Trukikaitis_Postimees, lk 56
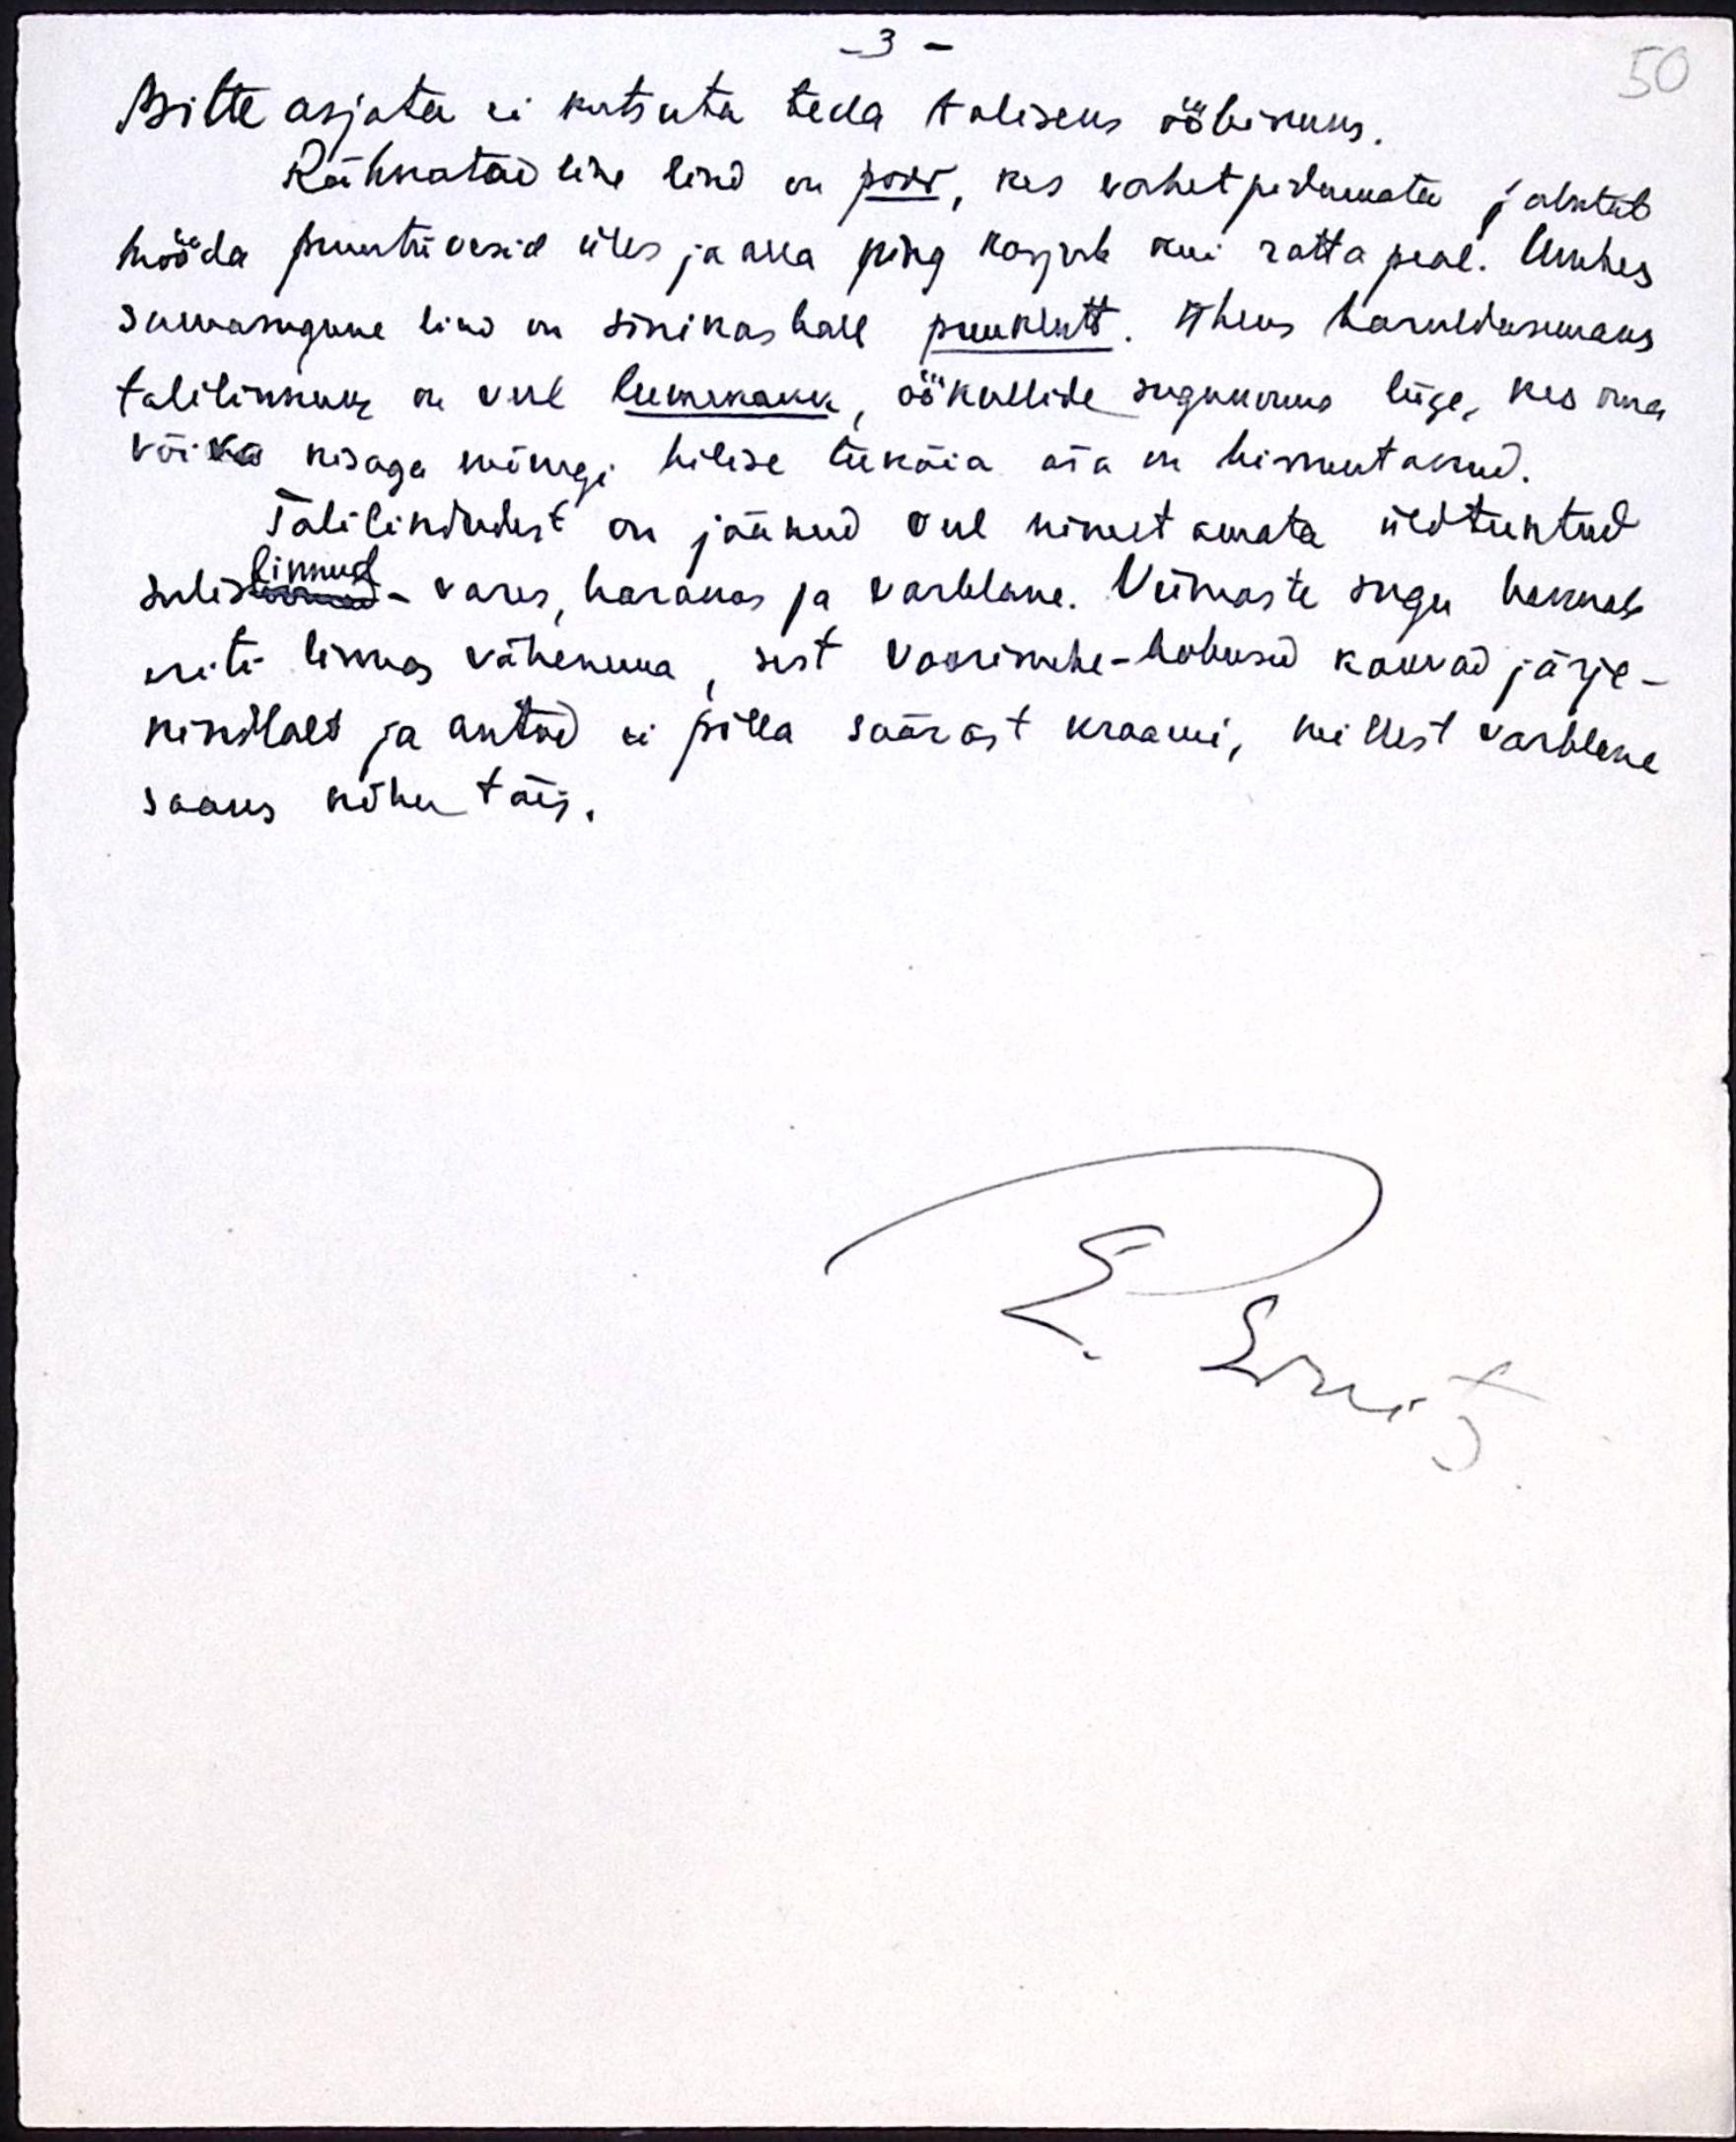
3
Mitte asjata ei kutsuta teda taliseks ööbikuks.
Rähnataoline lind on porr, kes vahet pidamata jalutab
mööda puutüvesid üles ja alla ning karjub kui ratta peal. Umbes
samaasugune lind on sinikashall puuklutt. Üheks haruldasemaks
talilinnuks, on veel lumekakk, öökullide suguuruse liige, kes oma
võika kisaga mõnegi hilise teekäia ära on hirmutanud.
Talilindudest on jäänud veel nimetamata üldtuntud
sulislinnud - vares, harakas ja varblane. Viimaste sugu hakkab
linnud
eriti linnas vähenema, sest voorimehe-hobused kauvad järje-
kindlalt ja autod ei pilla säärast kraami, millest varblane
saaks kõhu täis.

50

K. Smet